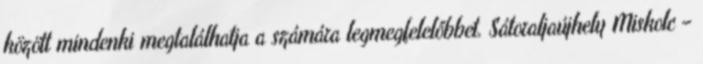
között mindenki megtalálhatja a számára legmegfelelőbbet. Sátoraljaújhely Miskolc –